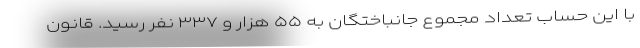
با این حساب تعداد مجموع جانباختگان به ۵۵ هزار و ۳۳۷ نفر رسید. قانون